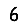
Digit: 6